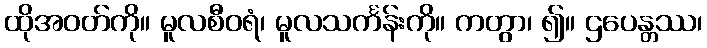
ထိုအဝတ်ကို။ မူလစီဝရံ၊ မူလသင်္ကန်းကို။ ကတွာ၊ ၍။ ဌပေန္တဿ၊